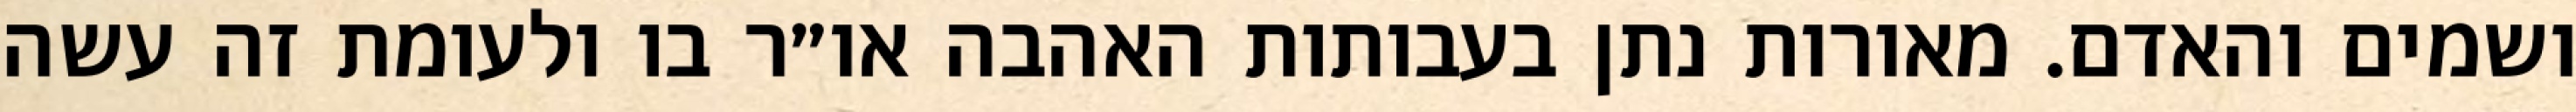
ושמים והאדם. מאורות נתן בעבותות האהבה או״ר בו ולעומת זה עשה